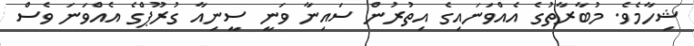
ޝިހާމެވެ. މުބާރާތުގެ އެއްވަނައިގެ އިތުރުން ސައިނާ ވަނީ ސީނިއާ ގުރޫޕްގެ އެއްވަނަ ވެސް